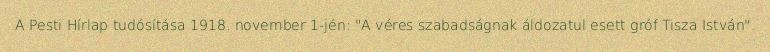
A Pesti Hírlap tudósítása 1918. november 1-jén: "A véres szabadságnak áldozatul esett gróf Tisza István".